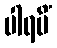
ပါရမိံ